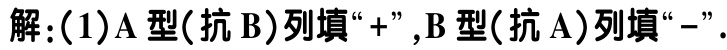
解:(1)A型(抗B)列填“+”,B型(抗A)列填“-”.